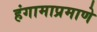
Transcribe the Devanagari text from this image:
हंगामाप्रमाणे